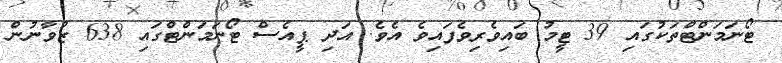
ޓޯނަމަންޓްތަކުގައި 39 ޓީމު ބައިވެރިވެފައިވެ އެވެ. އަދި ޕީއެސް ޓޯނަމަންޓްގައި 638 ޒުވާނުން